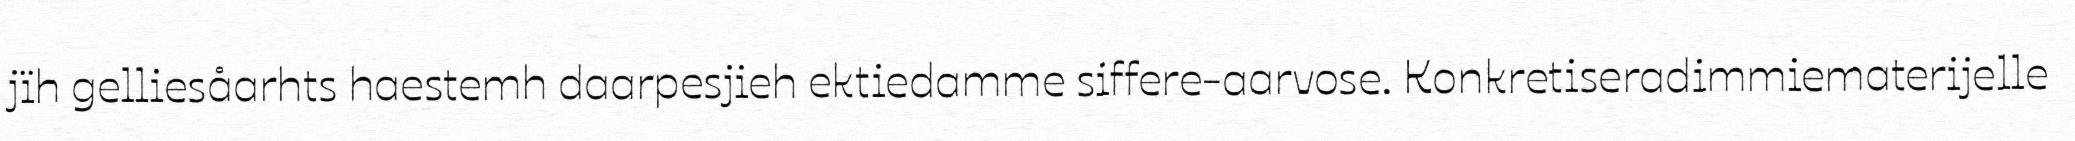
jïh gelliesåarhts haestemh daarpesjieh ektiedamme siffere-aarvose. Konkretiseradimmiematerijelle